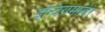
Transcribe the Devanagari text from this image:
इन्दिरामन्दिरं